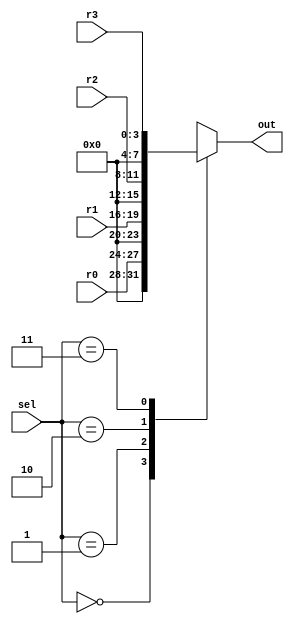
`timescale 1ns / 1ps
//////////////////////////////////////////////////////////////////////////////////
// Company: 
// Engineer: 
// 
// Design Name: 
// Module Name: mux4
// Project Name: 
// Target Devices: 
// Tool Versions: 
// Description: 
// 
// Dependencies: 
// 
// Revision:
// Revision 0.01 - File Created
// Additional Comments:
// 
//////////////////////////////////////////////////////////////////////////////////


module mux4(
	output reg [7:0] out,
	input wire [1:0] sel,
	input wire [3:0] r0, r1, r2, r3
    );
    	always @(*) begin
		case (sel)
			2'b00 : out = r0;
			2'b01 : out = r1;
			2'b10 : out = r2;
			2'b11 : out = r3;
		endcase
	end
endmodule